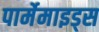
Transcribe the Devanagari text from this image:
पार्मेमाइड्स